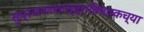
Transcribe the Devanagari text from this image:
सुप्रजननशास्त्राविषयकच्या